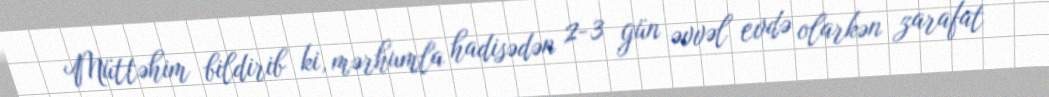
Müttəhim bildirib ki, mərhumla hadisədən 2-3 gün əvvəl evdə olarkən zarafat